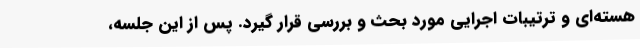
هسته‌ای و ترتیبات اجرایی مورد بحث و بررسی قرار گیرد. پس از این جلسه،